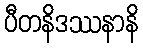
ပီတနိဒဿနာနိ